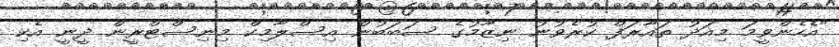
"އެހެންވީމަ މިއަދު ތައާރަފް ކުރެވުނު ނިޒާމުގެ ސަބަބުން އިސްލާމިކް މިނިސްޓްރީން ދީނީ އެކި